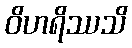
ဝိဟရိဿသိ